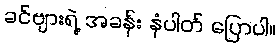
ခင်ဗျားရဲ့ အခန်း နံပါတ် ပြောပါ။